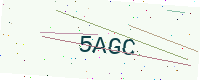
Text: 5AGC